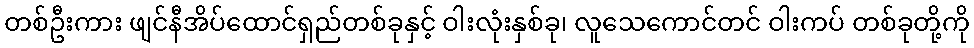
တစ်ဦးကား ဖျင်နီအိပ်ထောင်ရှည်တစ်ခုနှင့် ဝါးလုံးနှစ်ခု၊ လူသေကောင်တင် ဝါးကပ် တစ်ခုတို့ကို